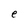
Character: e